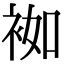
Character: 袽